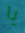
يا